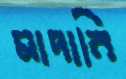
মাদানি